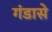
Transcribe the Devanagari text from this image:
गंडासे